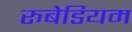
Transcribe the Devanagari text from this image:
रूबेडियम